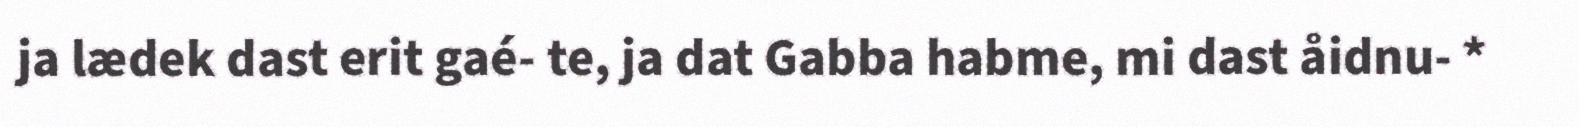
ja lædek dast erit gaé- te, ja dat Gabba habme, mi dast åidnu- *